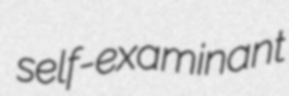
self-examinant